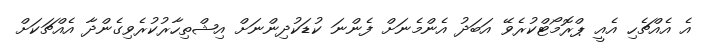
އެ އެއްޗެހި އެއީ ޕްރޮމޯޓްކުރެވޭ އަބަދު އެންމެނަށް ފެންނަ ކުޑަކުދިންނަށް އިޝްތިހާރުކުރެވިގެންދާ އެއްޗަކަށް